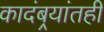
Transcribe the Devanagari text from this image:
कादंबर्‍यांतही